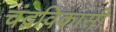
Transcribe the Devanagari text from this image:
चंद्रविकासी